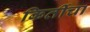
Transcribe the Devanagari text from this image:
किर्तीचा